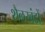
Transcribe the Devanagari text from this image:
शैलखंडों